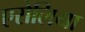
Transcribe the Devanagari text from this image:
एरोलिया